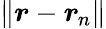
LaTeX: \lVert\boldsymbol{r}-\boldsymbol{r}_{\! \; \! n}\rVert